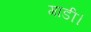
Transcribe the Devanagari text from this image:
गाडी।